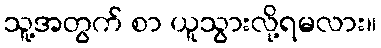
သူ့အတွက် စာ ယူသွားလို့ရမလား။